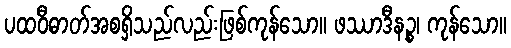
ပထဝီဓာတ်အစရှိသည်လည်းဖြစ်ကုန်သော။ ဖဿာဒီနဉ္စ၊ ကုန်သော။